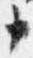
申